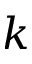
k